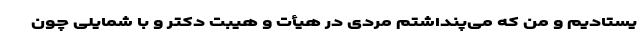
یستادیم و من که می‌پنداشتم مردی در هیأت و هیبت دکتر و با شمایلی چون